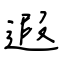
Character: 遐